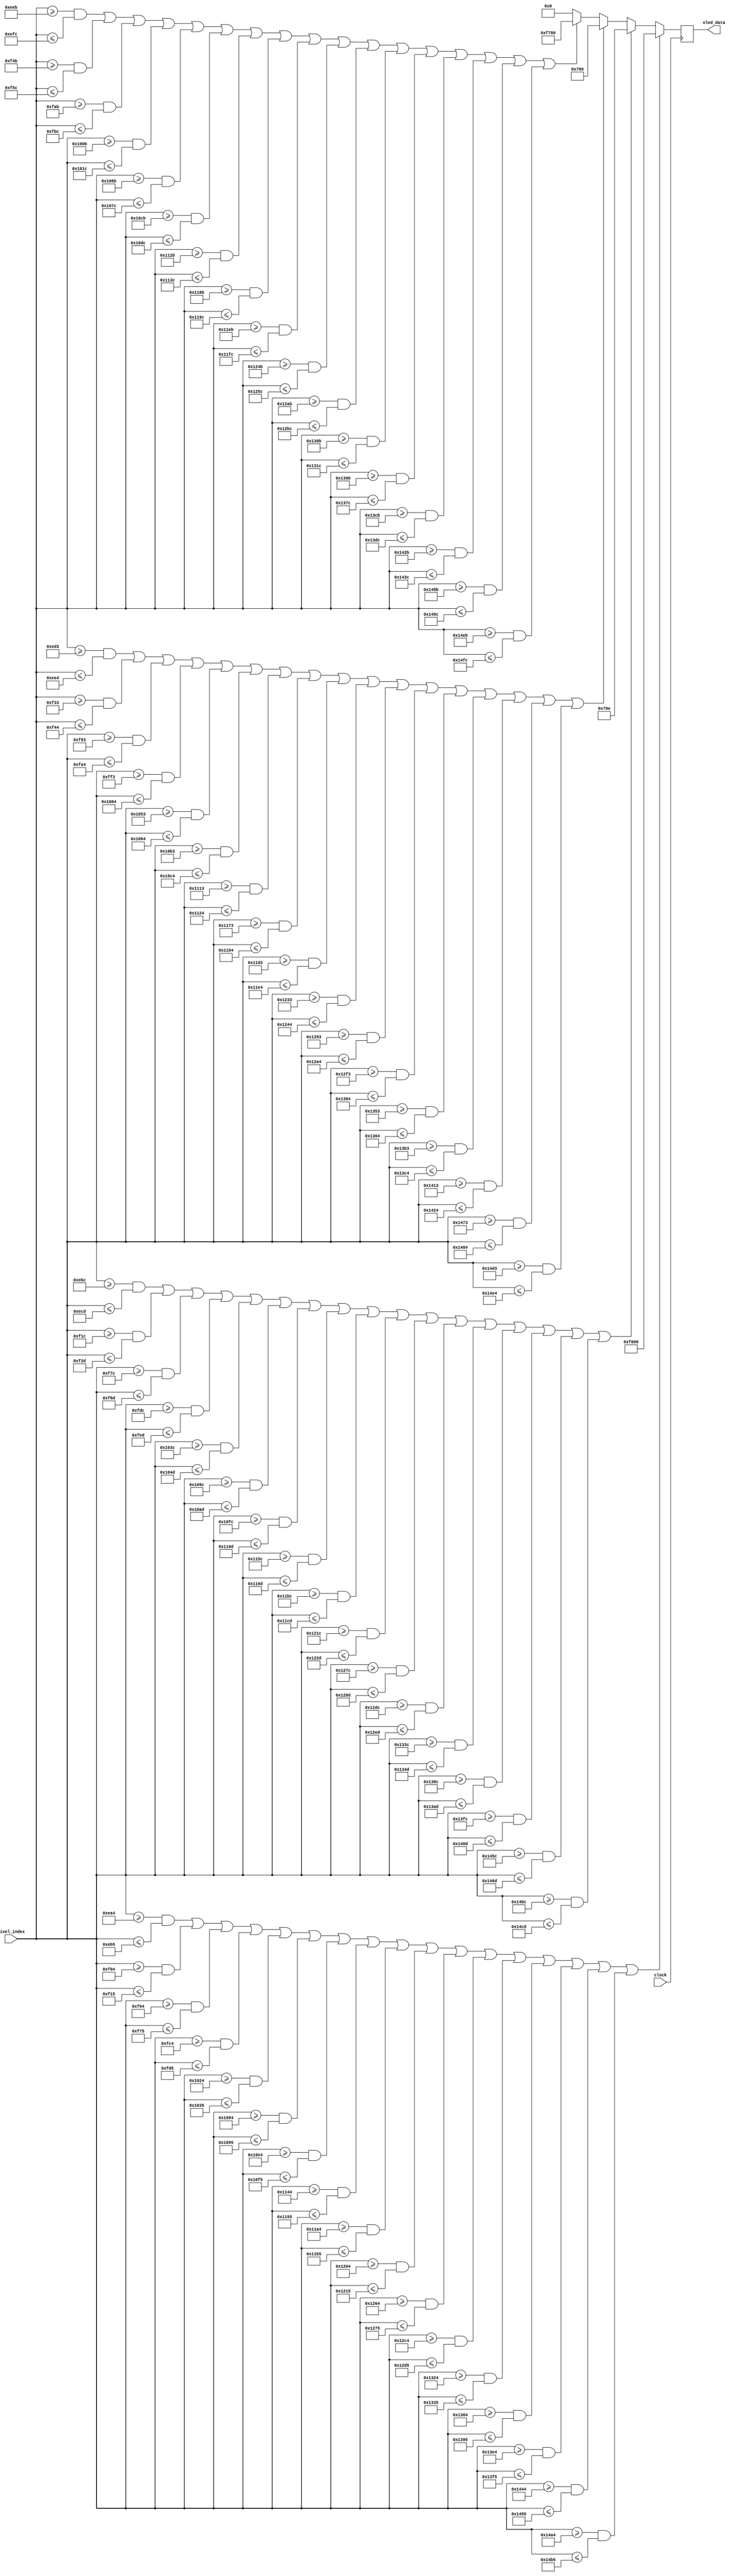
`timescale 1ns / 1ps
//////////////////////////////////////////////////////////////////////////////////
// Company: 
// Engineer: 
// 
// Design Name: 
// Module Name: renderPlayerBox
// Project Name: 
// Target Devices: 
// Tool Versions: 
// Description: 
// 
// Dependencies: 
// 
// Revision:
// Revision 0.01 - File Created
// Additional Comments:
// 
//////////////////////////////////////////////////////////////////////////////////


module renderPlayerBox(
    input clock,
    input [12:0]pixel_index,
    output reg [15:0]oled_data
    );
    
    always @ (posedge clock) begin
        if (((pixel_index >= 3748) && (pixel_index <= 3765)) || ((pixel_index >= 3844) && (pixel_index <= 3861)) || ((pixel_index >= 3940) && (pixel_index <= 3957)) || ((pixel_index >= 4036) && (pixel_index <= 4053)) || ((pixel_index >= 4132) && (pixel_index <= 4149)) || ((pixel_index >= 4228) && (pixel_index <= 4245)) || ((pixel_index >= 4324) && (pixel_index <= 4341)) || ((pixel_index >= 4420) && (pixel_index <= 4437)) || ((pixel_index >= 4516) && (pixel_index <= 4533)) || ((pixel_index >= 4612) && (pixel_index <= 4629)) || ((pixel_index >= 4708) && (pixel_index <= 4725)) || ((pixel_index >= 4804) && (pixel_index <= 4821)) || ((pixel_index >= 4900) && (pixel_index <= 4917)) || ((pixel_index >= 4996) && (pixel_index <= 5013)) || ((pixel_index >= 5092) && (pixel_index <= 5109)) || ((pixel_index >= 5188) && (pixel_index <= 5205)) || (pixel_index >= 5284) && (pixel_index <= 5301)) oled_data = 16'b1111000000000000;
        else if (((pixel_index >= 3772) && (pixel_index <= 3789)) || ((pixel_index >= 3868) && (pixel_index <= 3885)) || ((pixel_index >= 3964) && (pixel_index <= 3981)) || ((pixel_index >= 4060) && (pixel_index <= 4077)) || ((pixel_index >= 4156) && (pixel_index <= 4173)) || ((pixel_index >= 4252) && (pixel_index <= 4269)) || ((pixel_index >= 4348) && (pixel_index <= 4365)) || ((pixel_index >= 4444) && (pixel_index <= 4461)) || ((pixel_index >= 4540) && (pixel_index <= 4557)) || ((pixel_index >= 4636) && (pixel_index <= 4653)) || ((pixel_index >= 4732) && (pixel_index <= 4749)) || ((pixel_index >= 4828) && (pixel_index <= 4845)) || ((pixel_index >= 4924) && (pixel_index <= 4941)) || ((pixel_index >= 5020) && (pixel_index <= 5037)) || ((pixel_index >= 5116) && (pixel_index <= 5133)) || ((pixel_index >= 5212) && (pixel_index <= 5229)) || (pixel_index >= 5308) && (pixel_index <= 5325)) oled_data = 16'b0000011110011110;
        else if (((pixel_index >= 3795) && (pixel_index <= 3812)) || ((pixel_index >= 3891) && (pixel_index <= 3908)) || ((pixel_index >= 3987) && (pixel_index <= 4004)) || ((pixel_index >= 4083) && (pixel_index <= 4100)) || ((pixel_index >= 4179) && (pixel_index <= 4196)) || ((pixel_index >= 4275) && (pixel_index <= 4292)) || ((pixel_index >= 4371) && (pixel_index <= 4388)) || ((pixel_index >= 4467) && (pixel_index <= 4484)) || ((pixel_index >= 4563) && (pixel_index <= 4580)) || ((pixel_index >= 4659) && (pixel_index <= 4676)) || ((pixel_index >= 4755) && (pixel_index <= 4772)) || ((pixel_index >= 4851) && (pixel_index <= 4868)) || ((pixel_index >= 4947) && (pixel_index <= 4964)) || ((pixel_index >= 5043) && (pixel_index <= 5060)) || ((pixel_index >= 5139) && (pixel_index <= 5156)) || ((pixel_index >= 5235) && (pixel_index <= 5252)) || (pixel_index >= 5331) && (pixel_index <= 5348)) oled_data = 16'b0000011110000000;
        else if (((pixel_index >= 3819) && (pixel_index <= 3836)) || ((pixel_index >= 3915) && (pixel_index <= 3932)) || ((pixel_index >= 4011) && (pixel_index <= 4028)) || ((pixel_index >= 4107) && (pixel_index <= 4124)) || ((pixel_index >= 4203) && (pixel_index <= 4220)) || ((pixel_index >= 4299) && (pixel_index <= 4316)) || ((pixel_index >= 4395) && (pixel_index <= 4412)) || ((pixel_index >= 4491) && (pixel_index <= 4508)) || ((pixel_index >= 4587) && (pixel_index <= 4604)) || ((pixel_index >= 4683) && (pixel_index <= 4700)) || ((pixel_index >= 4779) && (pixel_index <= 4796)) || ((pixel_index >= 4875) && (pixel_index <= 4892)) || ((pixel_index >= 4971) && (pixel_index <= 4988)) || ((pixel_index >= 5067) && (pixel_index <= 5084)) || ((pixel_index >= 5163) && (pixel_index <= 5180)) || ((pixel_index >= 5259) && (pixel_index <= 5276)) || (pixel_index >= 5355) && (pixel_index <= 5372)) oled_data = 16'b1111011110000000;
        else oled_data = 0;
    end
endmodule